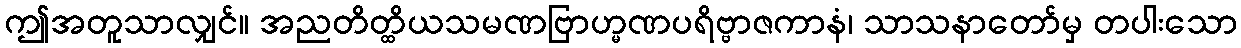
ဤအတူသာလျှင်။ အညတိတ္ထိယသမဏဗြာဟ္မဏပရိဗ္ဗာဇကာနံ၊ သာသနာတော်မှ တပါးသော